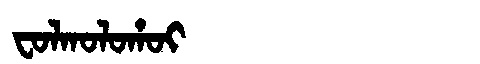
Manchu: ᠸᠣᠯᡴᠣᠯᠣᡥᠣᡳ
Romanization: FOLKOLOHOI